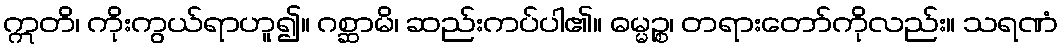
ဣတိ၊ ကိုးကွယ်ရာဟူ၍။ ဂစ္ဆာမိ၊ ဆည်းကပ်ပါ၏။ ဓမ္မဉ္စ၊ တရားတော်ကိုလည်း။ သရဏံ